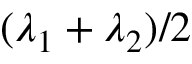
( \lambda _ { 1 } + \lambda _ { 2 } ) / 2